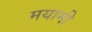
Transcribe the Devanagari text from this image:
मयामी